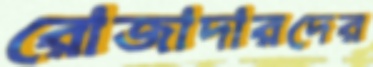
রোজাদারদের